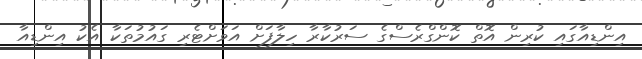
އިންޑިއާގައި ކުރިން އޮތް ކޮންގްރެސްގެ ސަރުކާރާ ހިލާފަށް އަވަށްޓެރި ގައުމުތަކާ އެކު އިންޑިއާ